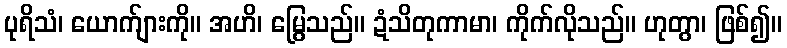
ပုရိသံ၊ ယောက်ျားကို။ အဟိ၊ မြွေသည်။ ဍံသိတုကာမာ၊ ကိုက်လိုသည်။ ဟုတွာ၊ ဖြစ်၍။